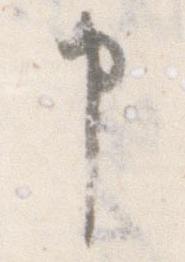
申